Leprosy in India: report of the Leprosy Commission in India, 1890-91
Year: 1890
Disease focus: Leprosy
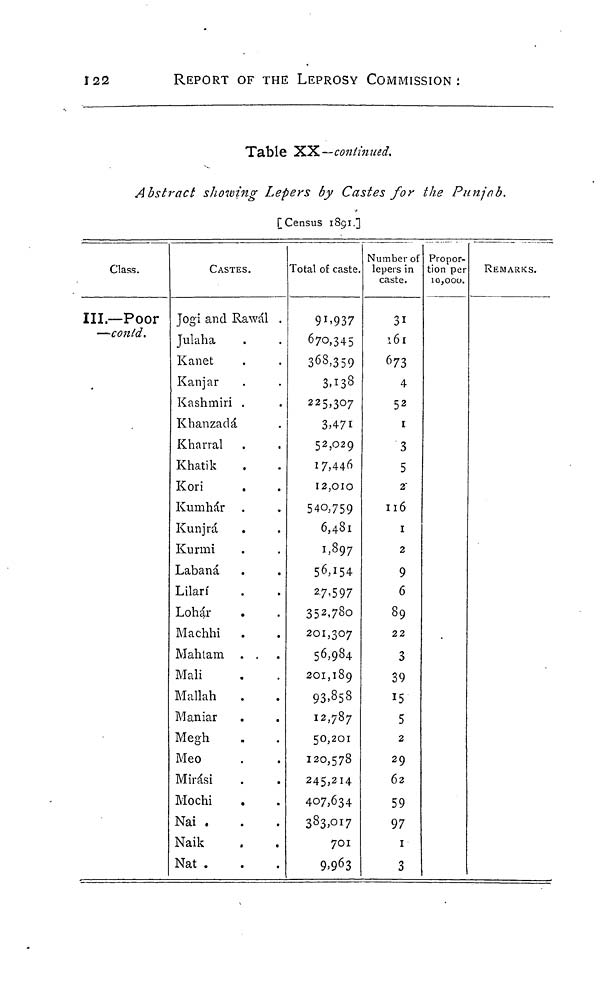
122
REPORT OF THE LEPROSY COMMISSION:
Table XX— continued.
Abstract showing Lepers by Castes for the Punjab.
[Census 1891.]
Class.
III.—Poor
—conld.
CASTES.
Jogi and Rawál .
Julaha
Kanet
Kanjar
Kashmiri .
Khanzadá
Kharral
Khatik
Kori
Kumhár
Kunjrá
Kurmi
Labaná
Lilari
Lohár
Machhi
Mahtam . ,
Mali
Mallah
.
Maniar
Megh
Meo
Mirási
Mochi
Nai .
Naik
Nat .
Total of caste.
91,937
670,345
363,359
3,138
225,307
3,471
52,029
17,446
12,010
540,759
6,481
1,897
56,154
27,597
352,780
201,307
56,984
201,189
93,858
12,787
50,201
120,578
245,214
407,634
383,017
701
9,963
Number of
lepers in
caste.
31
l61
673
4
52
I
3
5
2
116
1
2
9
6
89
22
3
39
15
5
2
29
62
59
97
1
3
Propor-
tion per
10,000.
REMARKS.